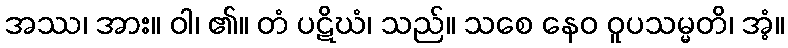
အဿ၊ အား။ ဝါ၊ ၏။ တံ ပဋိဃံ၊ သည်။ သစေ နေဝ ဝူပသမ္မတိ၊ အံ့။